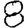
Digit: 8